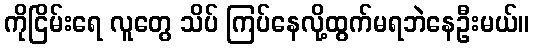
ကိုငြိမ်းရေ လူတွေ သိပ် ကြပ်နေလို့ထွက်မရဘဲနေဦးမယ်။